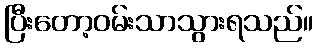
ပြီးတော့ဝမ်းသာသွားရသည်။